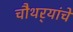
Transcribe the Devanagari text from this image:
चौथर्‍यांचे